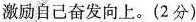
激励自己奋发向上。(2分)